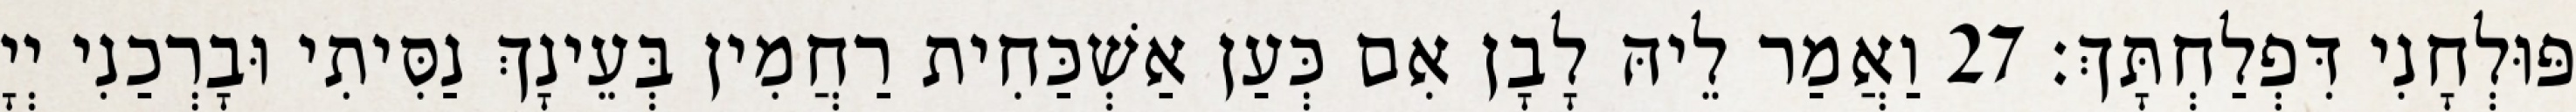
פּוּלְחָנִי דִּפְלַחְתָּךְ׃ 27 וַאֲמַר לֵיהּ לָבָן אִם כְּעַן אַשְׁכַּחִית רַחֲמִין בְּעֵינָךְ נַסִּיתִי וּבָרְכַנִי יְיָ